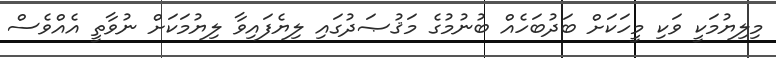
މިލިޔުމަކީ ވަކި މީހަކަށް ބަދުބަހެއް ބުނުމުގެ މަޤުޞަދުގައި ލިޔެފައިވާ ލިޔުމަކަށް ނުވާތީ އެއްވެސް